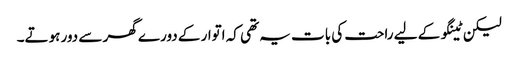
لیکن ٹینگو کے لیے راحت کی بات یہ تھی کہ اتوار کے دورے گھر سے دور ہوتے۔